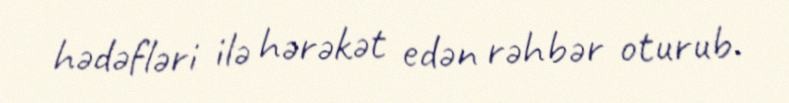
hədəfləri ilə hərəkət edən rəhbər oturub.